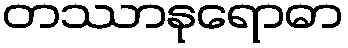
တဿာနုရောဓာ